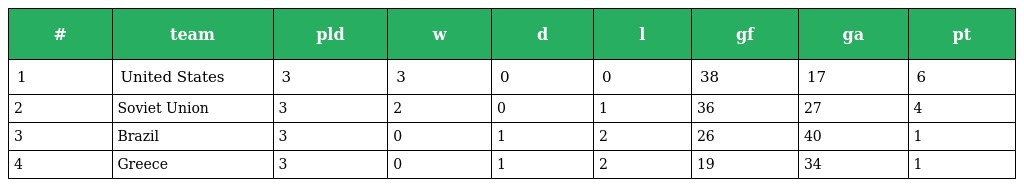
| # | team | pld | w | d | l | gf | ga | pt |
 | --- | --- | --- | --- | --- | --- | --- | --- | --- |
 | 1 | United States | 3 | 3 | 0 | 0 | 38 | 17 | 6 |
 | 2 | Soviet Union | 3 | 2 | 0 | 1 | 36 | 27 | 4 |
 | 3 | Brazil | 3 | 0 | 1 | 2 | 26 | 40 | 1 |
 | 4 | Greece | 3 | 0 | 1 | 2 | 19 | 34 | 1 |